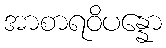
အာစာရဝိပန္နော